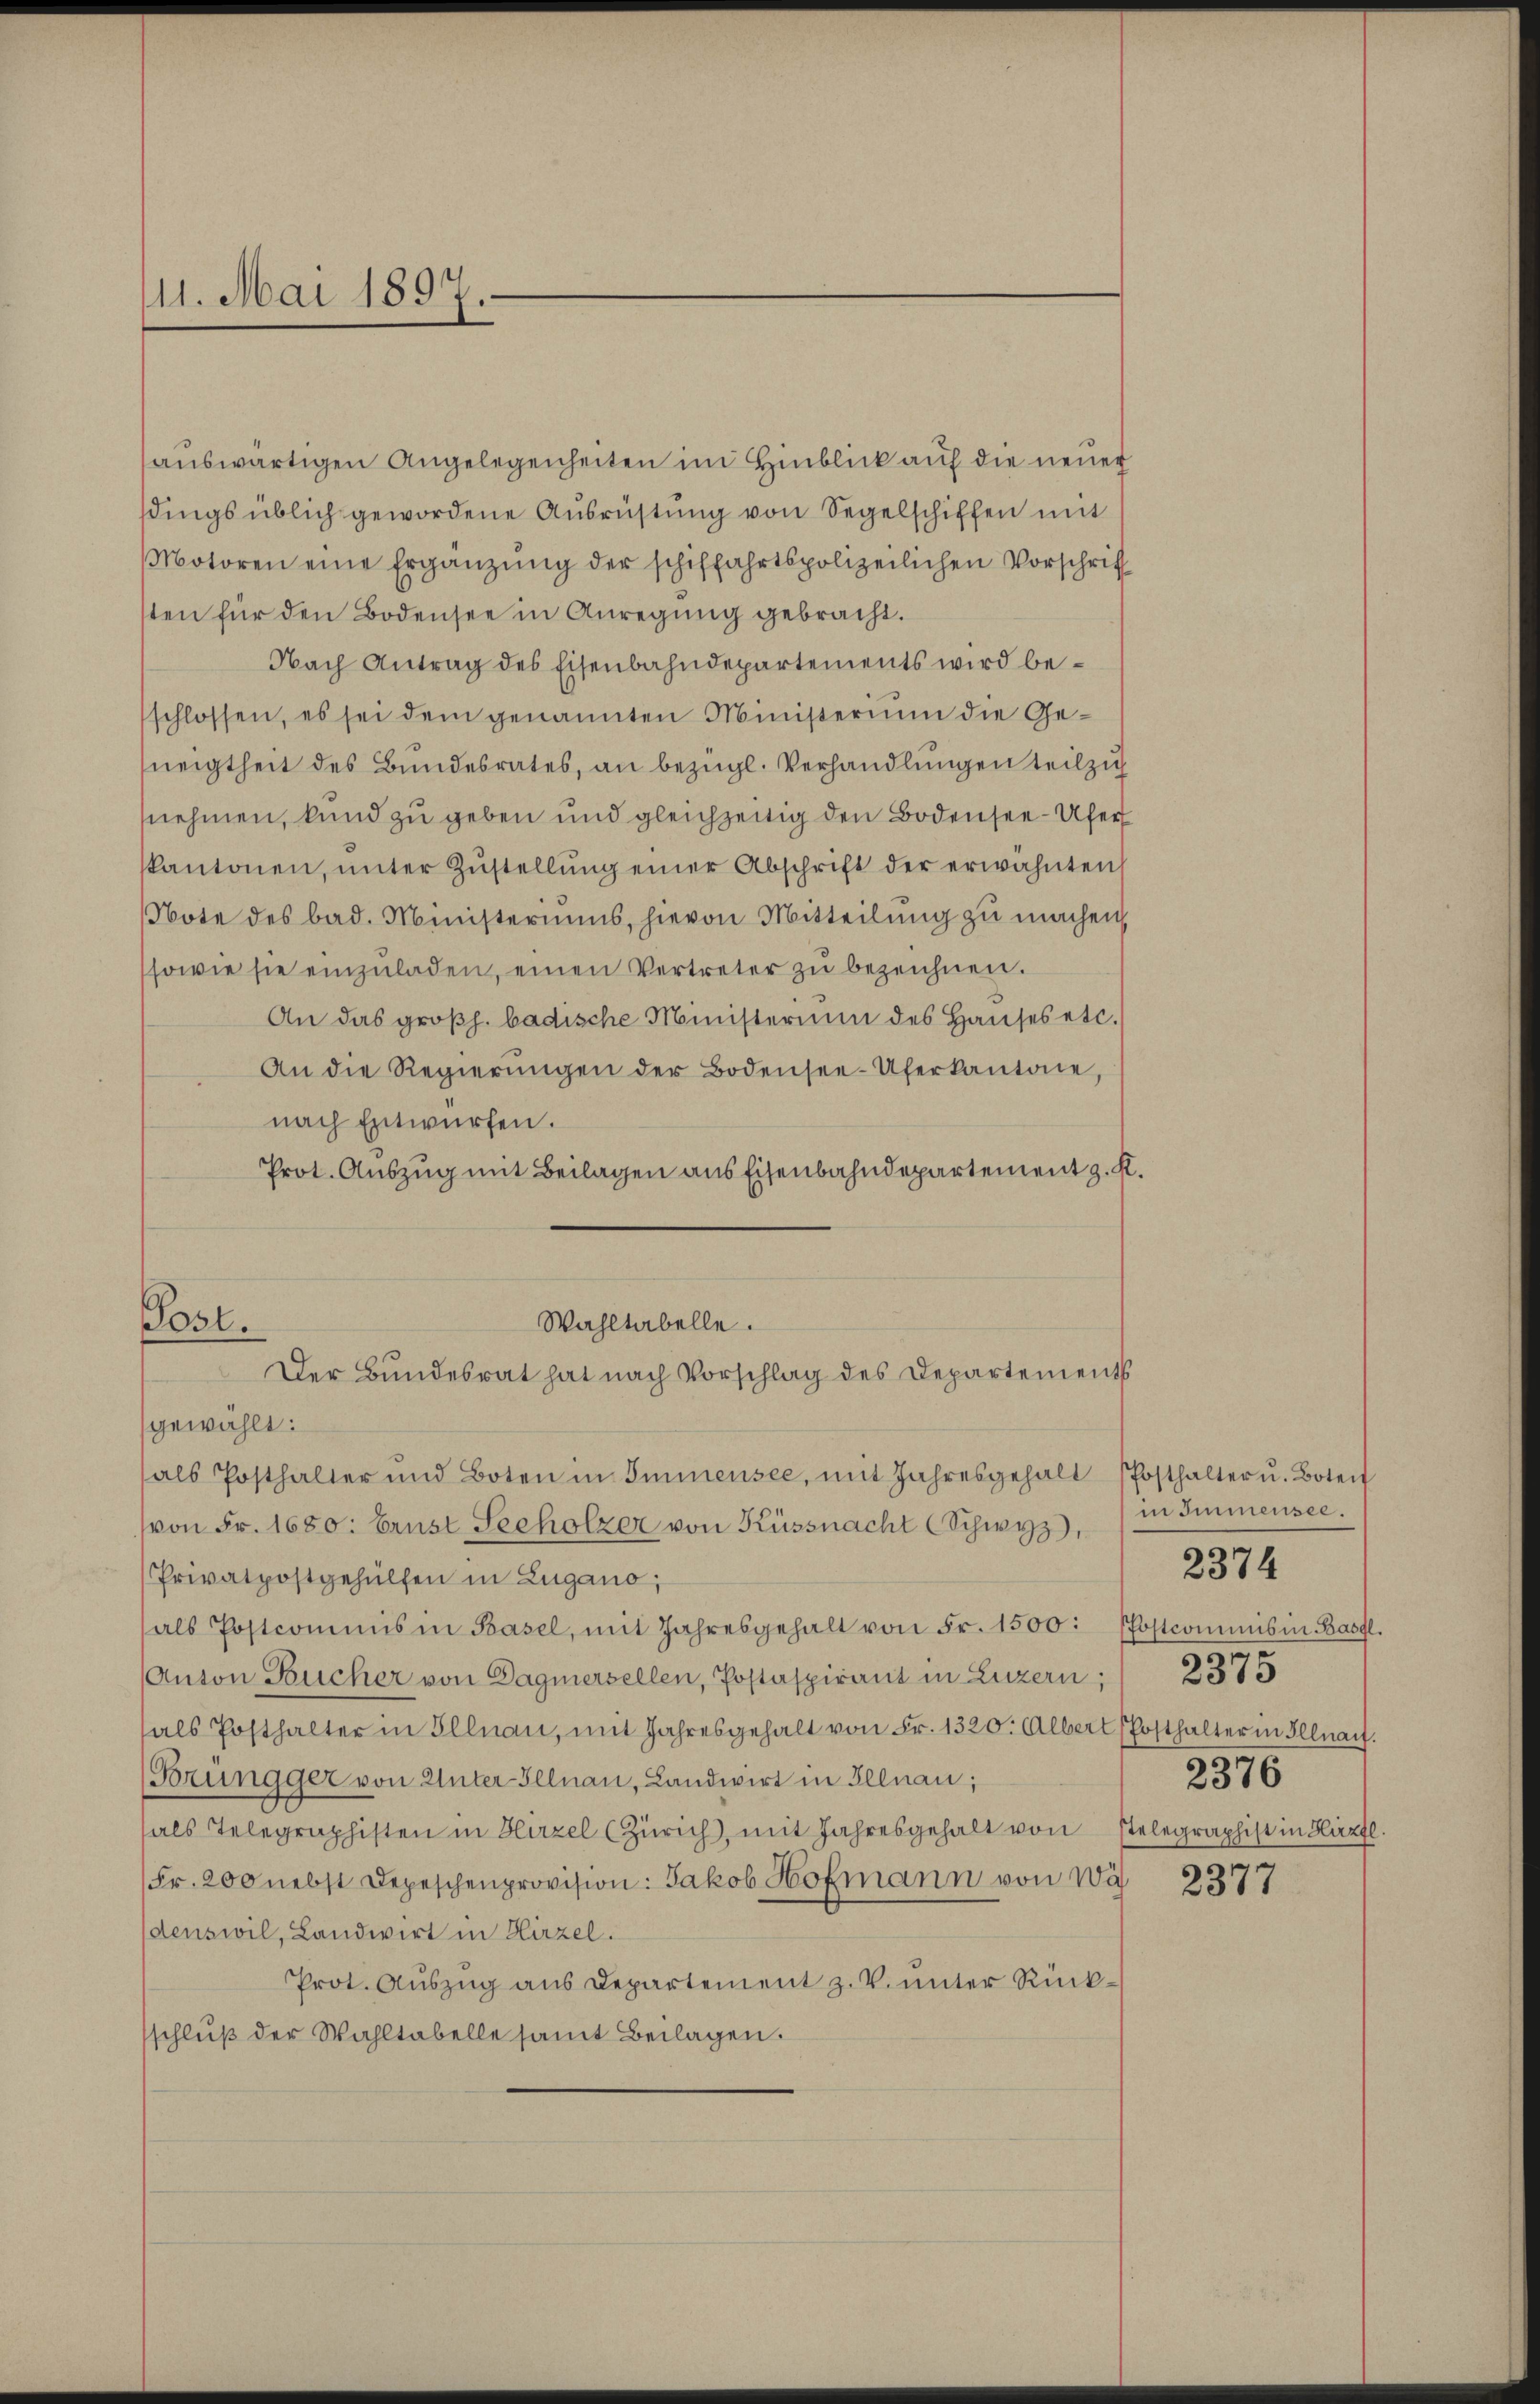
111. Mai 1891

sauswärtigen Angelegenheiten im Hinblick auf die neuer
sdings üblich gewordene Ausrüstung von Segelschiffen mit
Motoren eine Ergänzŭng der schiffahrtspolizeilichen Vorschrif
sten für den Bodensee in Anregŭng gebracht.
Nach Antrag des Eisenbahndepartements wird beschlossen, es sei dem genannten Ministerium die Geneigtheit des Bundesrates, an bezügl. Verhandlungen teilzu
nehmen, kund zu geben und gleichzeitig den Bodensee Ufer
kantonen, ŭnter Zŭstellŭng einer Abschrift der erwähnten
Note des bad. Ministeriums, hievon Mitteilung zu machen,
sowie sie einzŭladen, einen Vertreter zŭ bezeichnen.
An das großh. badische Ministerium des Haŭses etc.
An die Regierŭngen der Bodensee-Uferkantone,
nach Entwürfen.
Prot. Auszug mit Beilagen aus Eisenbahndepartement z. K
Wahltabelle.
Post.
Der Bundesrat hat nach Vorschlag des Departements
gewählt:
als Posthalter und Boten in Immensee, mit Jahresgehalt Posthalter u. Boteit
von Fr. 1680: Ernst Secholzer von Küssnacht (Schwyz,
Privatpostgehülfen in Lugano,
als Postcommis in Basel, mit Jahresgehalt von Fr. 1500. Postcommis in Basl.
Anton Bucher von Dagmersellen, Postaspirant in Luzern, 2375
als Posthalter in Illnau, mit Jahresgehalt von Fr. 1320. Albert Posthalter in Illnau.
Brüngger von Unter-Illnau, Landwirt in Illnau;
als Telegraphisten in Hirzel (Zürich, mit Jahresgehalt von stelegraphist in Hirzfl.
Fr. 200 nebst Depeschenprovision: Jakob Hofmann von Wä
denswil, Landwirt in Hirzel.
Prot. Aŭszŭg aŭs Departement z. V. ŭnter Rückschluß der Wahltabelle samt Beilagen.

in Immensee.
2376

2374

2377